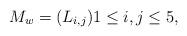
LaTeX: \begin{align*} M_{w} = (L_{i,j}) 1 \leq i, j \leq 5,\end{align*}